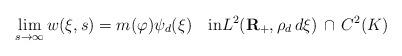
LaTeX: \begin{align*}\lim_{s\to\infty}w(\xi,s)=m(\varphi)\psi_d(\xi)\quad\mbox{in}L^2({\bf R}_+,\rho_d\,d\xi)\,\cap\,C^2(K) \end{align*}